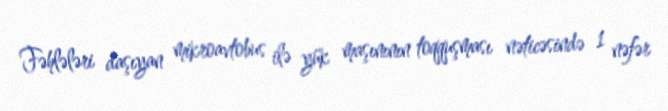
Fəhlələri daşıyan mikroavtobus ilə yük maşınının toqquşması nəticəsində 1 nəfər